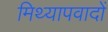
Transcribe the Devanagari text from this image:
मिथ्‍यापवादों